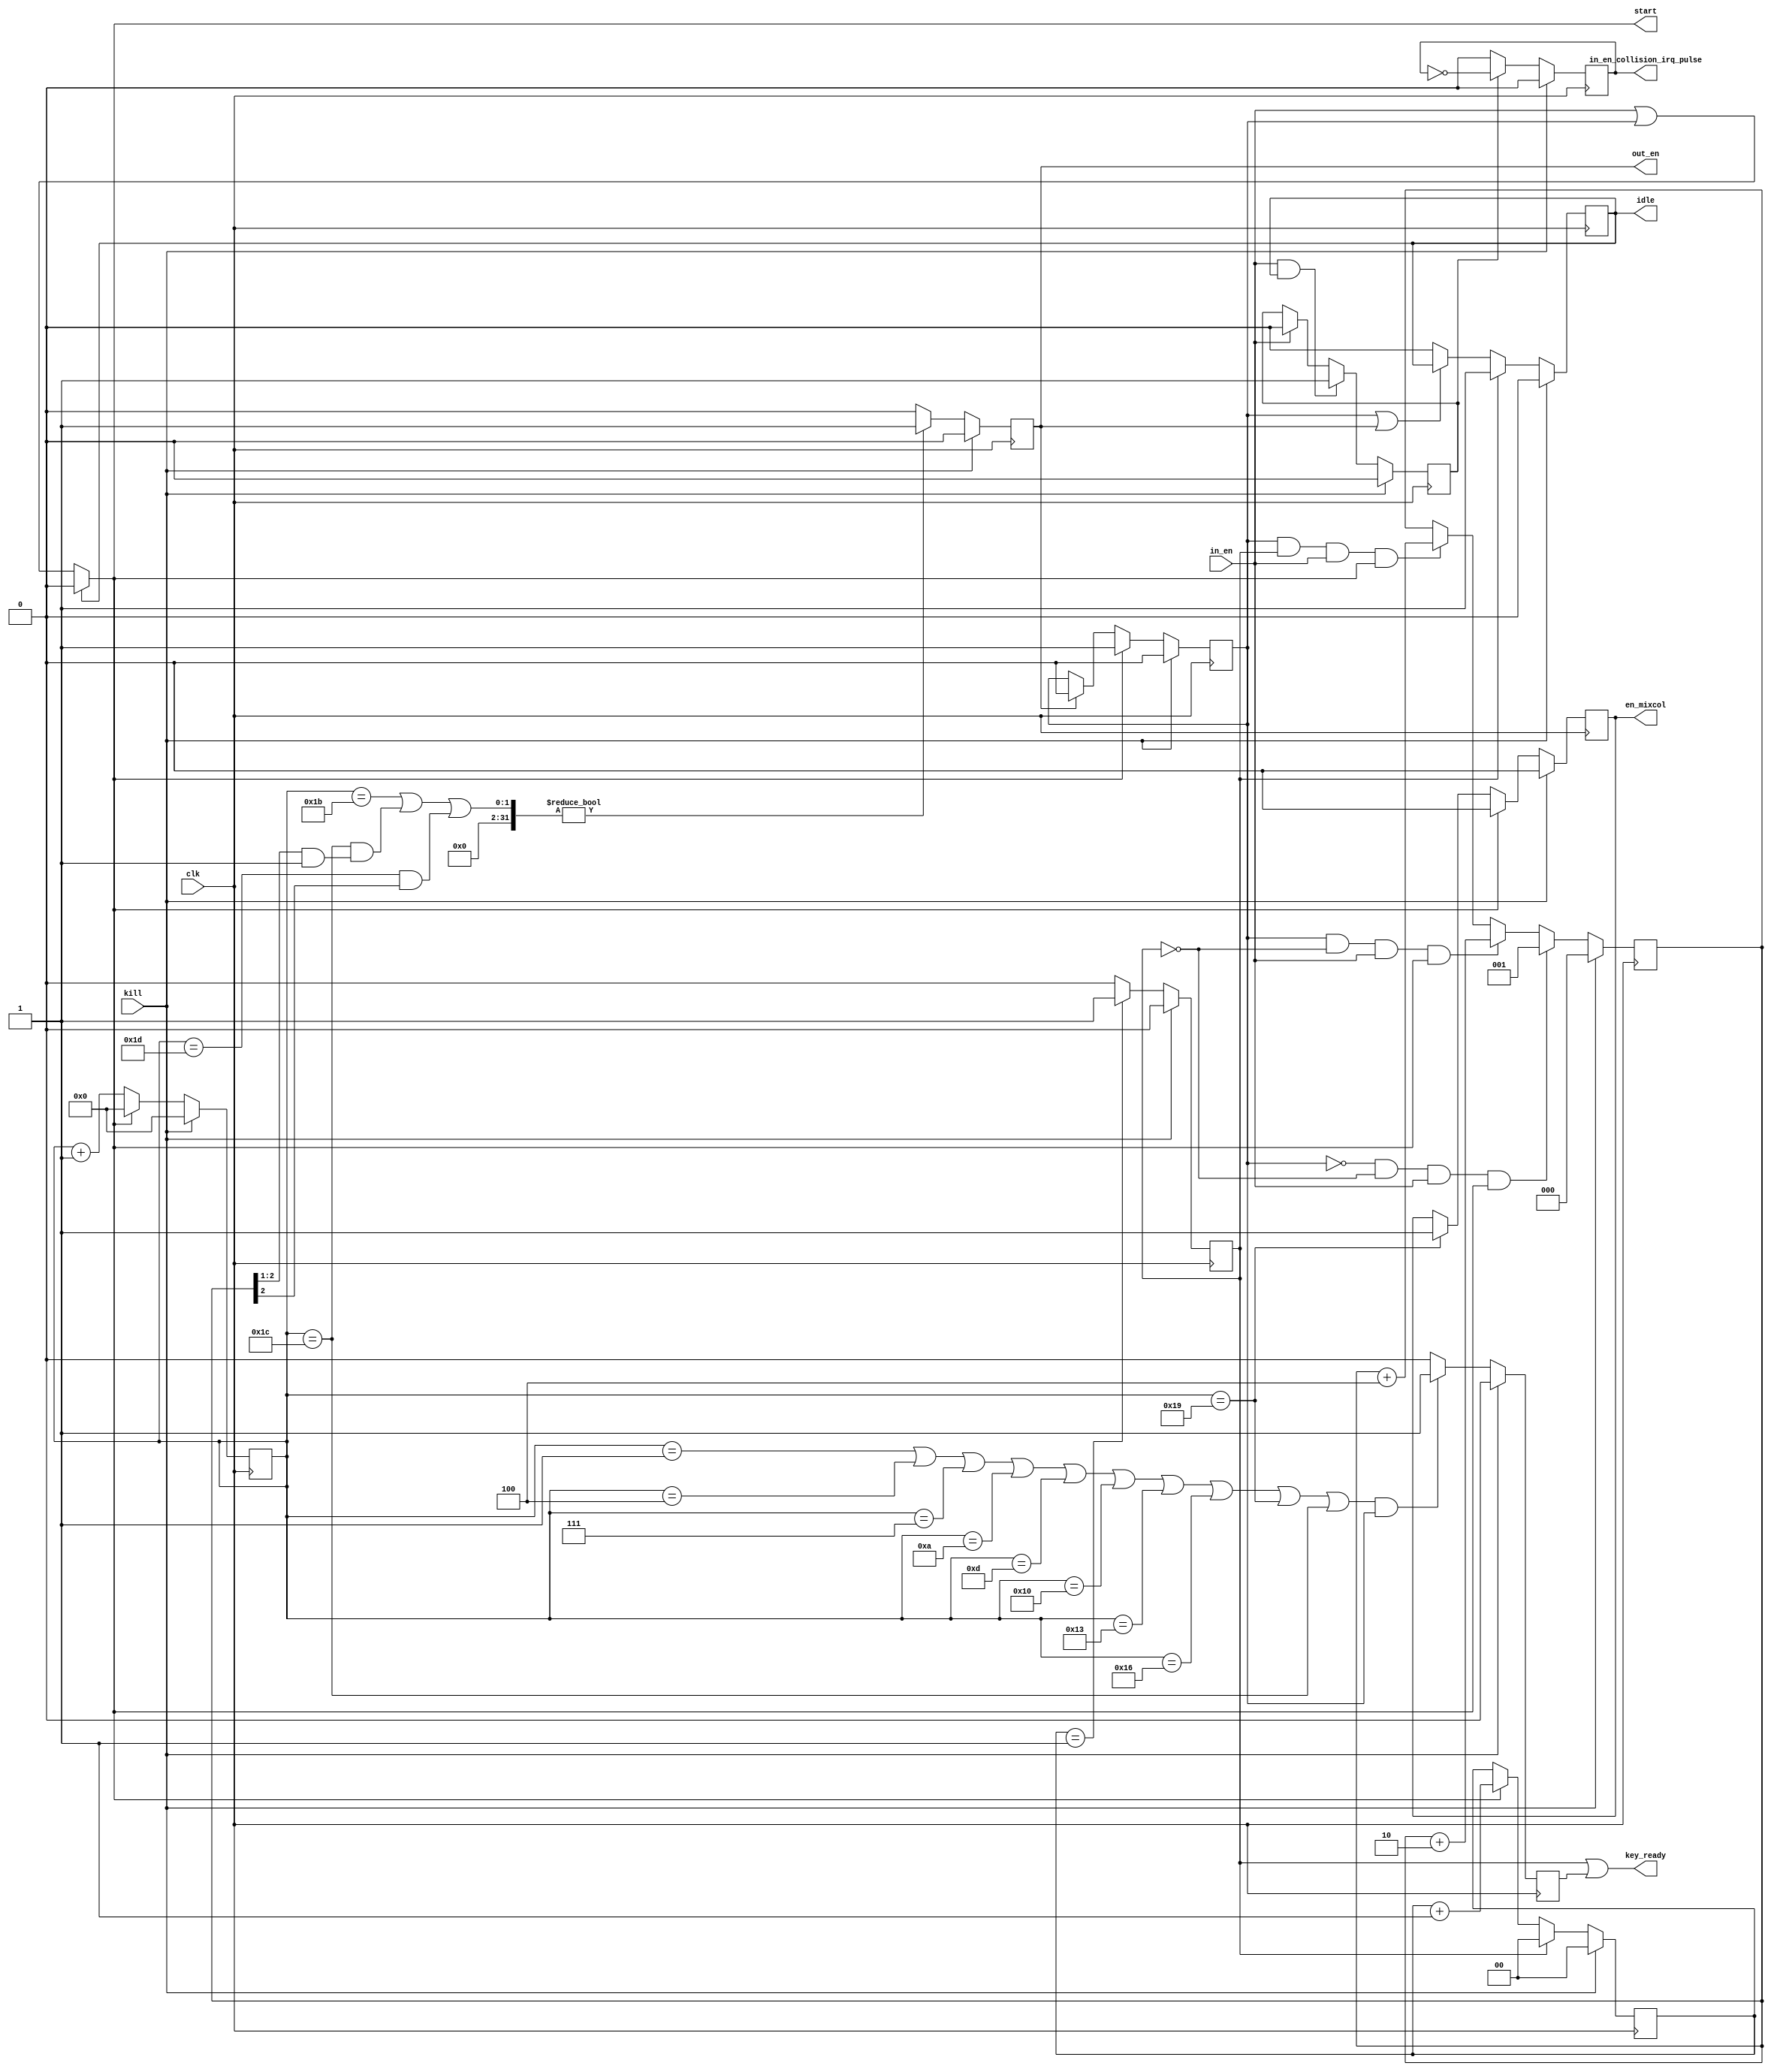
/**************************************************************************************************
 *                                                                                                *
 *                                                                                                *
 **************************************************************************************************
 *                                                                                                *
 *  Description:                                                                                  *
 *                                                                                                *
 *  Block AES control 3 value - 128 bit input, 3 cycle round                                      *
 *                                                                                                *
 **************************************************************************************************
 *    Synthesis in Vivado:                                                                        *
 *   			LUT:	19								  *
 *			FF:	17								  *
 *			BRAM:	0								  *
 **************************************************************************************************
 *  Verilog code                                                                                  *
 **************************************************************************************************/

(* keep_hierarchy = "yes" *)

module aes_128_control_3val (
	/* inputs */
	input			clk,
	input			kill,
	input			in_en,

	/* outputs */
	output			start,
	output	reg		en_mixcol = 1'b0,
	output			key_ready,
	output	reg		idle = 1'b0,
	output	reg		out_en = 1'b0,
	output	reg		in_en_collision_irq_pulse = 1'b0
	);

/**************************************************************************************************
 *      LOCAL WIRES, REGS                                                                         *
 **************************************************************************************************/
reg		start_r = 1'b0;
reg		start_tr = 1'b0;
reg		key_ready_r = 1'b0;
reg	[1:0]	delay_start_r = 2'b0;
reg	[2:0]	flag_in_en = 3'b0;
reg	[4:0]	round_count;
reg		in_en_collision_irq = 1'b0;

/**************************************************************************************************
 *      LOGIC                                                                                     *
 **************************************************************************************************/
//start
assign start = (idle) ? 1'b0 : (in_en | start_r);

/**************************************************************************************************/
//round_count
always @(posedge clk)
	if (kill)
		round_count <= 5'b0;
	else if (start)
		round_count <= 5'b0;
	else
		round_count <= round_count + 5'b1;

/**************************************************************************************************/
//en_mixcol - signal the disconnecting Mixcolums
always @(posedge clk)
	if (kill)
		en_mixcol <= 1'b0;
	else if (start)
		en_mixcol <= 1'b0;
	else if (round_count == 5'd25)
		en_mixcol <= 1'b1;

/**************************************************************************************************/
//key_ready_r
always @(posedge clk)
	if (kill)
		key_ready_r <= 1'b0;
	else if ((round_count == 5'd1 | 		round_count == 5'd4 | 		round_count == 5'd7 | 		round_count == 5'd10 |
	    	  round_count == 5'd13 | 		round_count == 5'd16 | 		round_count == 5'd19 | 		round_count == 5'd22 |
	    	  round_count == 5'd25 | 		round_count == 5'd28) & start_r)
		key_ready_r <= 1'b1;
	else
		key_ready_r <= 1'b0;

assign key_ready = start_tr | key_ready_r;

/**************************************************************************************************/
//delay_start_r
always @(posedge clk)
	if (kill)
		delay_start_r <= 2'b0;
	else if (start_tr)
		delay_start_r <= 2'b0;
	else if (start)
		delay_start_r <= delay_start_r + 2'b1;

/**************************************************************************************************/
//start_tr
always @(posedge clk)
	if (kill)
		start_tr <= 1'b0;
	else if (delay_start_r == 2'b1)
		start_tr <= 1'b1;
	else 
		start_tr <= 1'b0;

/**************************************************************************************************/
//flag_in_en
always @(posedge clk)
	if (kill)
		flag_in_en <= 3'b0;
	else if ((~start_r) & (~start_tr) & in_en & start)
		flag_in_en <= 3'b1;
	else if (start_r & (~start_tr) & in_en & start)
		flag_in_en <= flag_in_en + 3'b10;
	else if (start_r & start_tr & in_en & start)
		flag_in_en <= flag_in_en + 3'b100;

/**************************************************************************************************/
//out_en
always @(posedge clk)
	if (kill)
		out_en <= 1'b0;
	else if ((round_count == 5'd27) | ((round_count == 5'd28) & ((flag_in_en >> 1) & 1)) | ((round_count == 5'd29) & ((flag_in_en >> 2) & 1)))
		out_en <= 1'b1;
	else
		out_en <= 1'b0;

/**************************************************************************************************/
//start_r
always @(posedge clk)
	if (kill)
		start_r <= 1'b0;
	else if (start)
		start_r <= 1'b1;
	else if (out_en)
		start_r <= 1'b0;

/**************************************************************************************************/
//idle - high level  - status AES_CALC, low level  - status AES_IDLE
always @(posedge clk)
	if (kill)
		idle <= 1'b0;
	else if (start_tr)
		idle <= 1'b1;
	else if (~(start_r | out_en))
		idle <= 1'b0;
	
/**************************************************************************************************/
//in_en_collision_irq - flag double in_en
always @(posedge clk)
	if (kill)
		in_en_collision_irq <= 1'b0;
	else if (in_en & idle)
		in_en_collision_irq <= 1'b1;
	else if (in_en)
		in_en_collision_irq <= 1'b0;

/**************************************************************************************************/
//in_en_collision_irq_pulse - debug signal
always @(posedge clk)
	if (kill)
		in_en_collision_irq_pulse <= 1'b0;
	else if (in_en_collision_irq)
		in_en_collision_irq_pulse <= ~in_en_collision_irq_pulse;
	else 
		in_en_collision_irq_pulse <= 1'b0;

/**************************************************************************************************/
endmodule